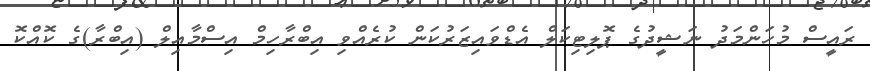
ރައީސް މުހަންމަދު ނަޝީދުގެ ޕޮލިޓިކަލް އެޑްވައިޒަރުކަން ކުރެއްވި އިބްރާހިމް އިސްމާއިލް (އިބްރާ)ގެ ކޮއްކޮ